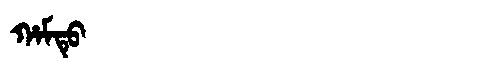
Manchu: ᡥᠠᠮᡨᡠ
Romanization: HAMTU